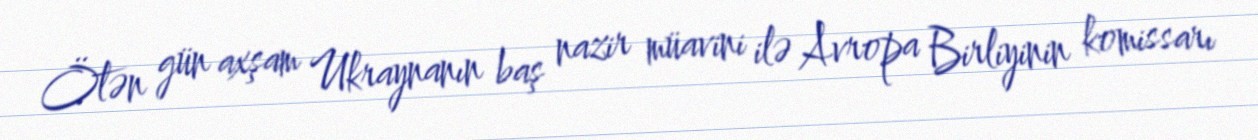
Ötən gün axşam Ukraynanın baş nazir müavini ilə Avropa Birliyinin komissarı